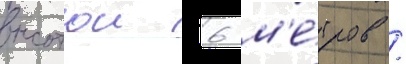
высотои 6 м'е́тров /